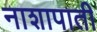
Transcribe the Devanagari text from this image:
नाशापाती